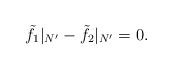
LaTeX: \begin{align*}\tilde f_1|_{N'}-\tilde f_2|_{N'}=0.\end{align*}